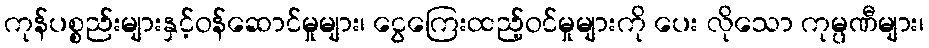
ကုန်ပစ္စည်းများနှင့်ဝန်ဆောင်မှုများ၊ ငွေကြေးထည့်ဝင်မှုများကို ပေး လိုသော ကုမ္ပဏီများ၊